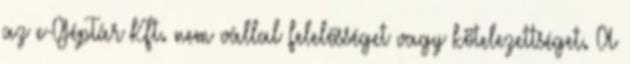
az e-GépTár Kft. nem vállal felelősséget vagy kötelezettséget. A